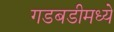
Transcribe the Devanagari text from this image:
गडबडीमध्ये